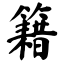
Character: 籍